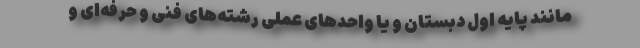
مانند پایه اول دبستان و یا واحدهای عملی رشته‌های فنی و حرفه‌ای و